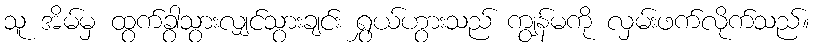
သူ အိမ်မှ ထွက်ခွာသွားလျှင်သွားချင်း ရွှယ်ဟွားသည် ကျွန်မကို လှမ်းဖက်လိုက်သည်။